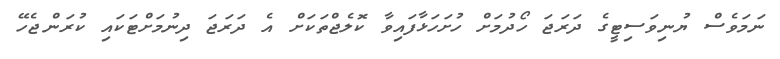
ނަމަވެސް ޔުނިވަސިޓީގެ ދަރަޖަ ހޯދުމަށް ހުށަހަޅާފައިވާ ކޮލެޖްތަކަށް އެ ދަރަޖަ ދިނުމަށްޓަކައި ކުރަންޖެހޭ